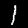
Label: 1